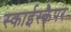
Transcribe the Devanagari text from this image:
स्काईस्कैपर